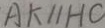
A K / / H C